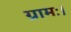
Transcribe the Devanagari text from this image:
ग्रामः।